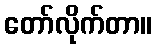
တော်လိုက်တာ။